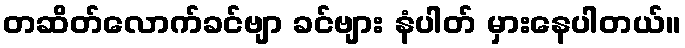
တဆိတ်လောက်ခင်ဗျာ ခင်ဗျား နံပါတ် မှားနေပါတယ်။